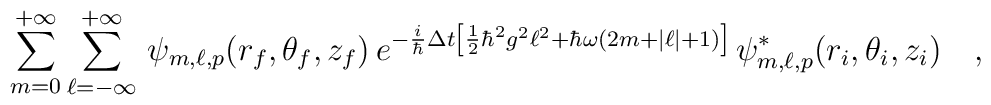
\sum_{m=0}^{+\infty}\sum_{\ell=-\infty}^{+\infty}\,\psi_{m,\ell,p}(r_f,\theta_f,z_f)\,e^{-\frac{i}{\hbar}\Delta t\left[\frac{1}{2}\hbar^2 g^2\ell^2+\hbar\omega(2m+|\ell|+1)\right]}\,\psi^*_{m,\ell,p}(r_i,\theta_i,z_i)\ \ \ ,